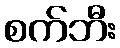
စက်ဘီး